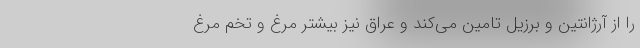
را از آرژانتین و برزیل تامین می‌کند و عراق نیز بیشتر مرغ و تخم مرغ